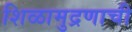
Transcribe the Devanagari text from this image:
शिळामुद्रणाची